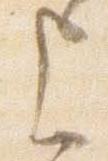
上